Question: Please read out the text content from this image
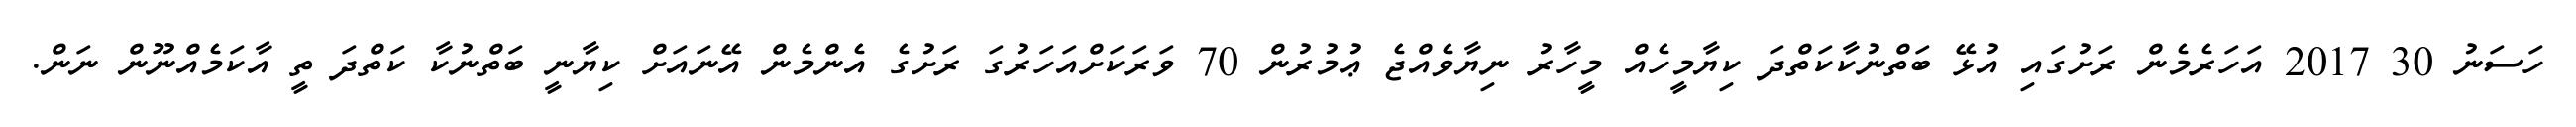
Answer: ހަސަނު 30 2017 އަހަރެމެން ރަށުގައި އުޅޭ ބަތްނުކާކަތްދަ ކިޔާމީހެއް މީހާރު ނިޔާވެއްޖެ ޢުމުރުން 70 ވަރަކަށްއަހަރުގަ ރަށުގެ އެންމެން އޭނައަށް ކިޔާނީ ބަތްނުކާ ކަތްދަ ތީ އާކަމެއްނޫން ނަން.